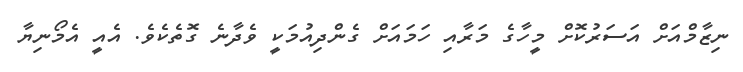
ނިޒާމްއަށް އަސަރުކޮށް މީހާގެ މަރާއި ހަމައަށް ގެންދިއުމަކީ ވެދާނެ ގޮތެކެވެ. އެއީ އެމޯނިޔާ